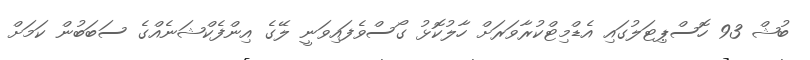
ބުޝް 93 ހޮސްޕިޓަލުގައި އެޑްމިޓްކުރާވަރަށް ހާލުކޮޅު ގޯސްވެފައިވަނީ ލޭގެ އިންފެކްޝަނެއްގެ ސަބަބުން ކަމަށް